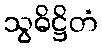
သွဓိဋ္ဌိတံ